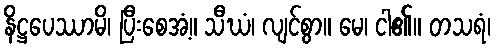
နိဋ္ဌပေဿာမိ၊ ပြီးစေအံ့။ သီဃံ၊ လျင်စွာ။ မေ၊ ငါ၏။ တသရံ၊